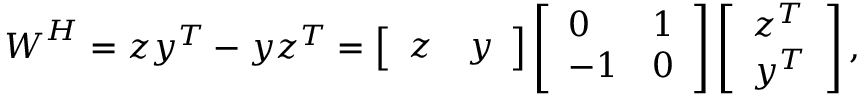
\boldsymbol { W } ^ { H } = \boldsymbol { z } \boldsymbol { y } ^ { T } - \boldsymbol { y } \boldsymbol { z } ^ { T } = \left[ \begin{array} { l l } { \boldsymbol { z } } & { \boldsymbol { y } } \end{array} \right] \left[ \begin{array} { l l } { 0 } & { 1 } \\ { - 1 } & { 0 } \end{array} \right] \left[ \begin{array} { l } { \boldsymbol { z } ^ { T } } \\ { \boldsymbol { y } ^ { T } } \end{array} \right] ,